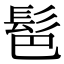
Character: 䯲